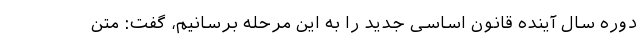
دوره سال آینده قانون اساسی جدید را به این مرحله برسانیم، گفت: متن